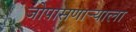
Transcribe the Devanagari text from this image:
जोपासणाऱ्याला